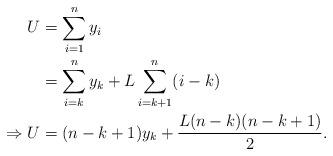
LaTeX: \begin{align*} U &=\sum_{i=1}^n y_i \\ &= \sum_{i=k}^n y_k + L\sum_{i=k+1}^n (i-k) \\ \Rightarrow U&=(n-k+1)y_k+ \frac{L(n-k)(n-k+1)}{2}. \end{align*}